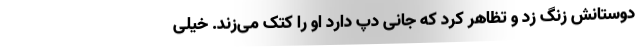
دوستانش زنگ زد و تظاهر کرد که جانی دپ دارد او را کتک می‌زند. خیلی